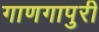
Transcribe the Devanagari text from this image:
गाणगापुरी